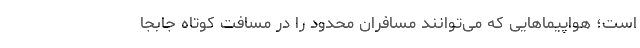
است؛ هواپیماهایی که می‌توانند مسافران محدود را در مسافت کوتاه جابجا